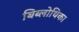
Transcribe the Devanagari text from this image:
बिब्लोथिका